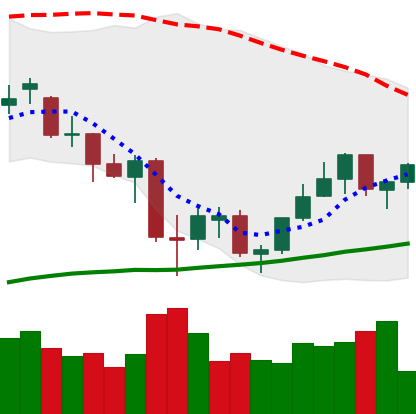
Ticker: ETH-USD
Chart end date: 2021-07-03
Forward return: -4.766%
Label: down_3_5